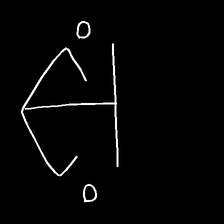
Glyph: earth